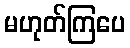
မဟုတ်ကြပေ